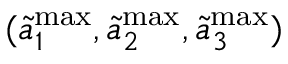
( \Tilde { a } _ { 1 } ^ { \mathrm { m a x } } , \Tilde { a } _ { 2 } ^ { \mathrm { m a x } } , \Tilde { a } _ { 3 } ^ { \mathrm { m a x } } )